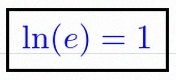
\ln(e)=1